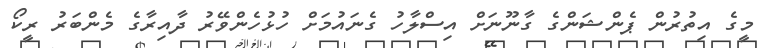
މީގެ އިތުރުން ޕެންޝަންގެ ގާނޫނަށް އިސްލާހު ގެނައުމަށް ހުޅުހެންވޭރު ދާއިރާގެ މެންބަރު ރީކޯ